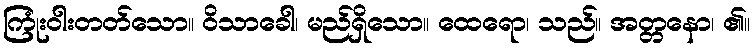
ကြုံးဝါးတတ်သော။ ဝိသာခေါ၊ မည်ရှိသော။ ထေရော၊ သည်။ အတ္တနော၊ ၏။